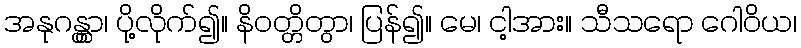
အနုဂန္တွာ၊ ပို့လိုက်၍။ နိဝတ္တိတွာ၊ ပြန်၍။ မေ၊ ငါ့အား။ သီသရော ဂေါဝိယ၊